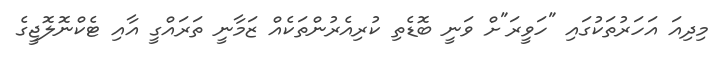
މިދިއަ އަހަރުތަކުގައި "ހަވީރަ"ށް ވަނީ ބޮޑެތި ކުރިއެރުންތަކެއް ޒަމާނީ ތަރައްގީ އާއި ޓެކްނޮލޮޖީގެ